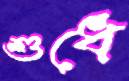
শুধে